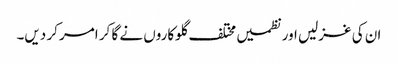
ان کی غزلیں اور نظمیں مختلف گلوکاروں نے گا کر امر کر دیں۔